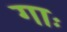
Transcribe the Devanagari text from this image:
गाः